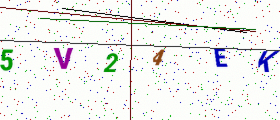
Text: 5V24EK